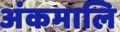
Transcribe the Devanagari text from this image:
अंकमालि